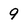
Character: 9